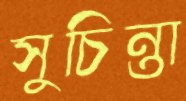
সুচিন্তা